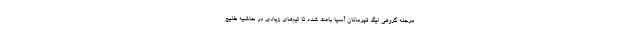
مرحله گروهی لیگ قهرمانان آسیا باعث شده تا تیم‌های زیادی در حاشیه خلیج